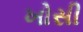
ખોસી